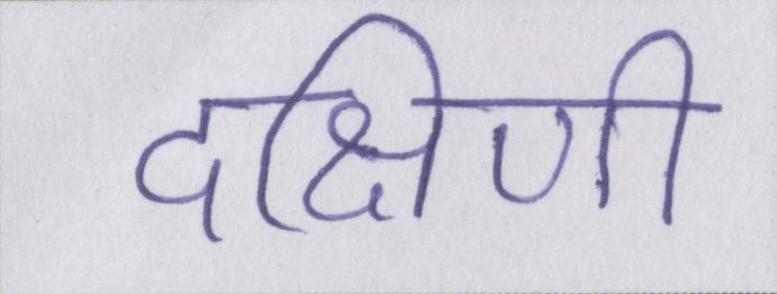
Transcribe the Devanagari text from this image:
दक्षिणी